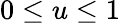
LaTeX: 0\le u\le 1